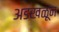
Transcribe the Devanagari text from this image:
अडखळून